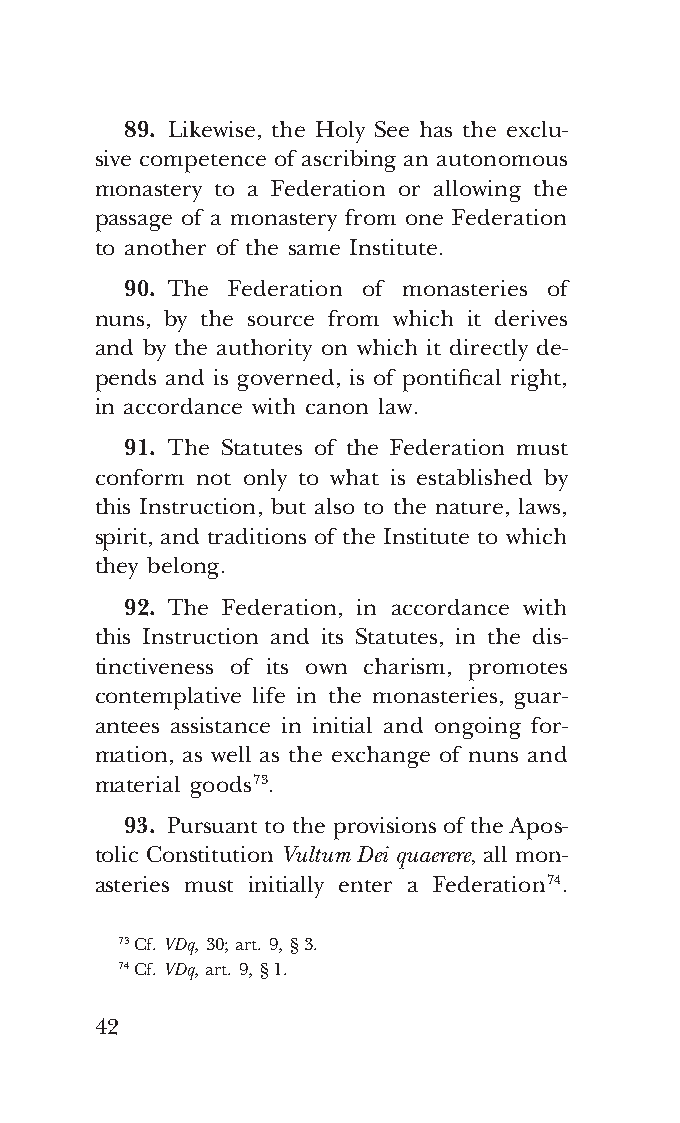
COR ORANS – NUOVO FORMATO – INGLESE 2ª BOZZA – 24 maggio 2018 – 11:12
 89. Likewise, the Holy See has the exclu-
 sive competence of ascribing an autonomous
 monastery to a Federation or allowing the
 passage of a monastery from one Federation
 to another of the same Institute.
 90. The Federation of monasteries of
 nuns, by the source from which it derives
 and by the authority on which it directly de-
 pends and is governed, is of pontifical right,
 in accordance with canon law.
 91. The Statutes of the Federation must
 conform not only to what is established by
 this Instruction, but also to the nature, laws,
 spirit, and traditions of the Institute to which
 they belong.
 92. The Federation, in accordance with
 this Instruction and its Statutes, in the dis-
 tinctiveness of its own charism, promotes
 contemplative life in the monasteries, guar-
 antees assistance in initial and ongoing for-
 mation, as well as the exchange of nuns and
 material goods 73.
 93. Pursuant to the provisions of the Apos-
 tolic Constitution Vultum Dei quaerere, all mon-
 asteries must initially enter a Federation 74.
 73 Cf. VDq, 30; art. 9, § 3.
 74 Cf. VDq, art. 9, § 1.
 42